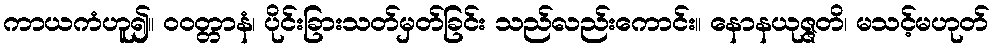
ကာယကံဟူ၍။ ဝဝတ္တာနံ၊ ပိုင်းခြားသတ်မှတ်ခြင်း သည်လည်းကောင်း။ နောနယုဇ္ဇတိ၊ မသင့်မဟုတ်